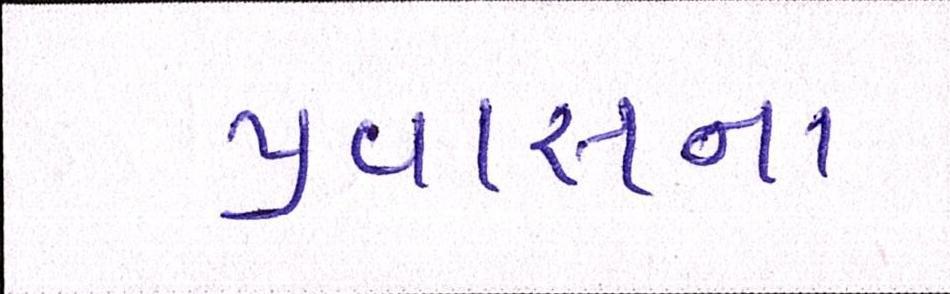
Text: પ્રવાસના